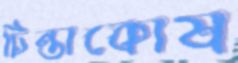
চিন্তাকোষ